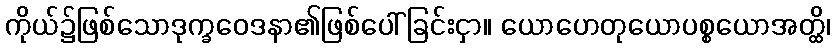
ကိုယ်၌ဖြစ်သောဒုက္ခဝေဒနာ၏ဖြစ်ပေါ်ခြင်းငှာ။ ယောဟေတုယောပစ္စယောအတ္ထိ၊